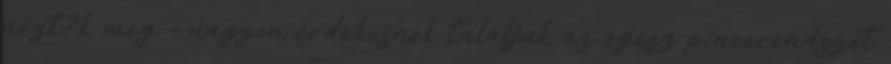
nézt?k meg - nagyon érdekesnek találjuk az egész pincerendszet